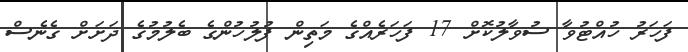
ފަހަރު ހުއްޓުވާ ސުވާލުކޮށް 17 ފަހަރެއްގެ މަތިން ފުލުހުންގެ ބެލުމުގެ ދަށަށް ގެނެސް